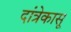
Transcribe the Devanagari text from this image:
दांत्रेकासू